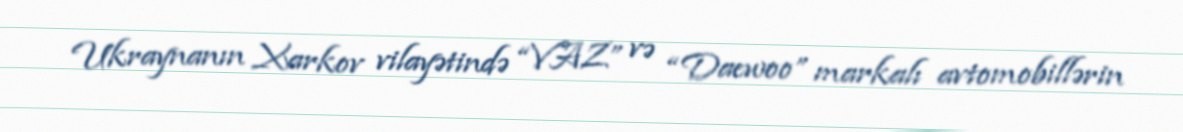
Ukraynanın Xarkov vilayətində “VAZ” və “Daewoo” markalı avtomobillərin